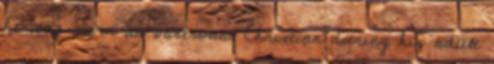
he was never an observant Christian during his adult